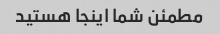
مطمئن شما اینجا هستید